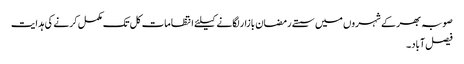
صوبہ بھر کے شہروں میں سستے رمضان بازار لگانے کیلئے انتظامات کل تک مکمل کرنے کی ہدایت
فیصل آباد۔